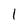
Character: 1